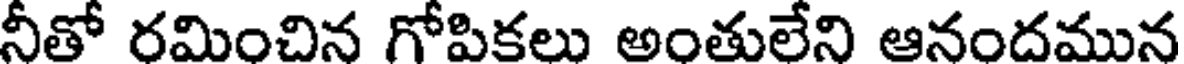
నీతో రమించిన గోపికలు అంతులేని ఆనందమున